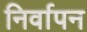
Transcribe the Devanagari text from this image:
निर्वापन